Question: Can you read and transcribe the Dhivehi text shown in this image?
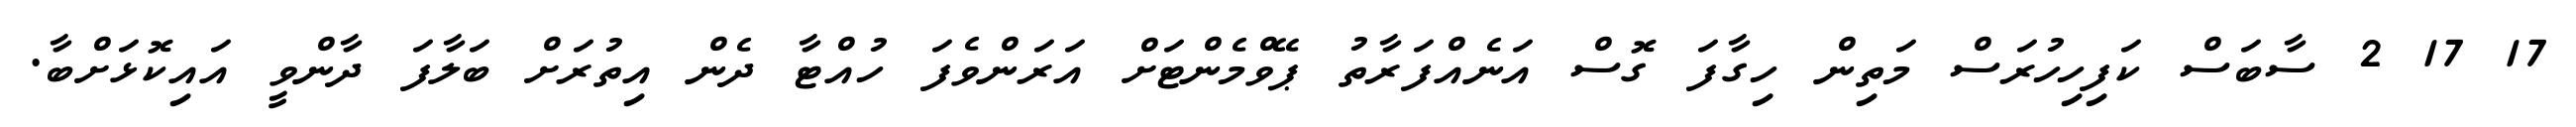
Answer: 17 17 2 ސާބަސް ކަފިހިހުރަސް މަތިން ހިގާފަ ގޮސް އަނެއްފަރާތު ޕޭވްމެންޓަށް އަރަންވެފަ ހުއްޓާ ދެން އިތުރަށް ބަލާފަ ދާންވީ އައިކޮޅަށްބާ.